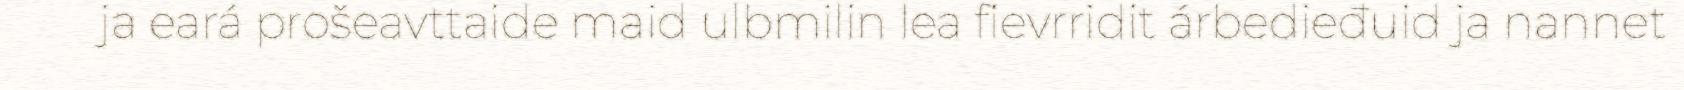
ja eará prošeavttaide maid ulbmilin lea fievrridit árbedieđuid ja nannet